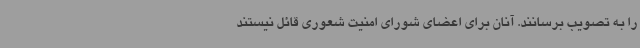
را به تصویب برسانند. آنان برای اعضای شورای امنیت شعوری قائل نیستند